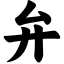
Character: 弁